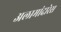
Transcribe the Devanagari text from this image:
अलामांदारेस